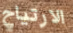
الارتياح